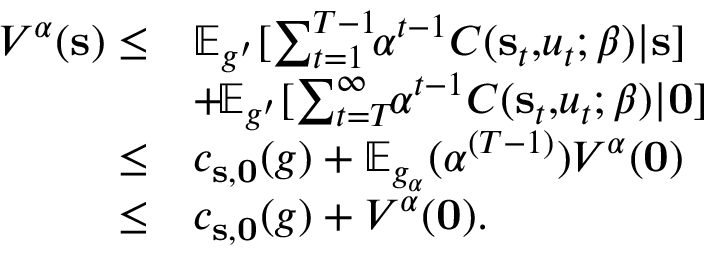
\begin{array} { r l } { V ^ { \alpha } ( \mathbf { s } ) \leq } & { \mathbb { E } _ { g ^ { \prime } } [ \sum _ { t = 1 } ^ { T - 1 } \! \! \alpha ^ { t - 1 } C ( \mathbf { s } _ { t } , \! u _ { t } ; \beta ) | \mathbf { s } ] } \\ & { + \! \mathbb { E } _ { g ^ { \prime } } [ \sum _ { t = T } ^ { \infty } \! \! \alpha ^ { t - 1 } C ( \mathbf { s } _ { t } , \! u _ { t } ; \beta ) | \mathbf { 0 } ] } \\ { \leq } & { c _ { \mathbf { s } , \mathbf { 0 } } ( g ) + \mathbb { E } _ { g _ { \alpha } } ( \alpha ^ { ( T - 1 ) } ) V ^ { \alpha } ( \mathbf { 0 } ) } \\ { \leq } & { c _ { \mathbf { s } , \mathbf { 0 } } ( g ) + V ^ { \alpha } ( \mathbf { 0 } ) . } \end{array}